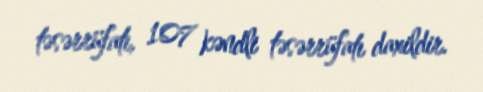
təsərrüfatı, 107 kəndli təsərrüfatı daxildir.